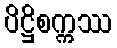
ပိဋ္ဌိစက္ကဿ